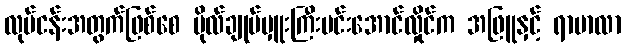
လုပ်ငန်းအတွက်ဖြစ်စေ ဗိုလ်ချုပ်မှူးကြီးမင်းအောင်လှိုင်က အဖြူနှင့် ရာမာလာ